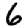
Digit: 6